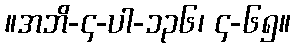
။အဘိ-၄-ပါ-၁၃၆၊ ၄-၆၅။